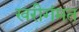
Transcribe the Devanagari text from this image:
खरीगंमत